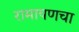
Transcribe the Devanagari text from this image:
रामायणचा